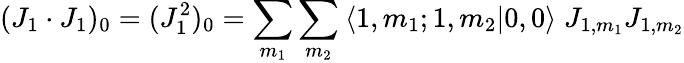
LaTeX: (J_{1}\cdot J_{1})_{0}=(J_{1}^{2})_{0}=\sum_{m_{1}}\sum_{m_{2}}\: \langle 1,m_{1};1,m_{2}|0,0\rangle\; J_{1,m_{1}}J_{1,m_{2}}